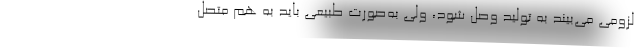
لزومی می‌بیند به تولید وصل شود، ولی به‌صورت طبیعی باید به هم متصل